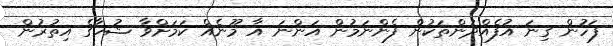
ފަހުން ގިނަ އުފެއްދުންތަކުން ފެންނަމުން އަންނަ އާ މޫނެއް ކަމަށްވާ ޝުހާގެ އިތުރުން